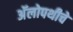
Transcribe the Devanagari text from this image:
अॅलोपथीचे